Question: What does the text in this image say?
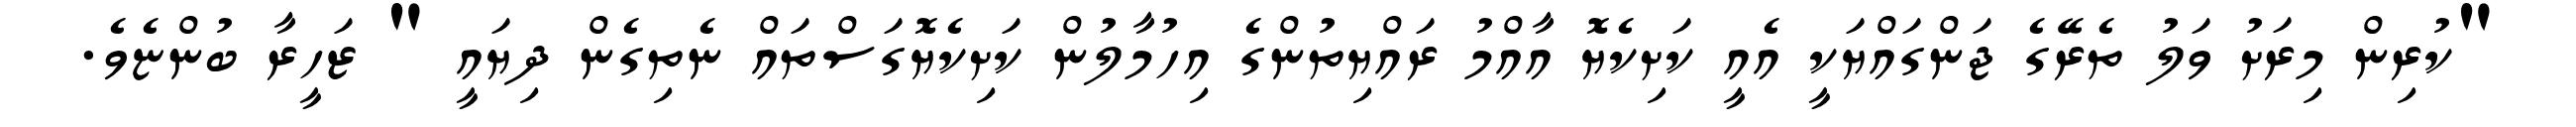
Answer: "ކުރިން މިރަށު ވަލު ތެރޭގެ ޖަންގައްޔަކީ އެއީ ކަށިކެޔޮ އާއްމު ރައްޔިތުންގެ އިހުމާލުން ކަށިކެޔޮގަސްތައް ނެތިގެން ދިޔައީ " ޒަހީރާ ބުންޏެވެ.